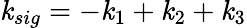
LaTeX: \textbf{\textit{k}}_{sig}=-\textbf{\textit{k}}_{1}+\textbf{\textit{k}}_{2}+\textbf{\textit{k}}_{3}